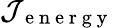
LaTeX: \mathcal{J}_{\mathrm{~e~n~e~r~g~y~}}